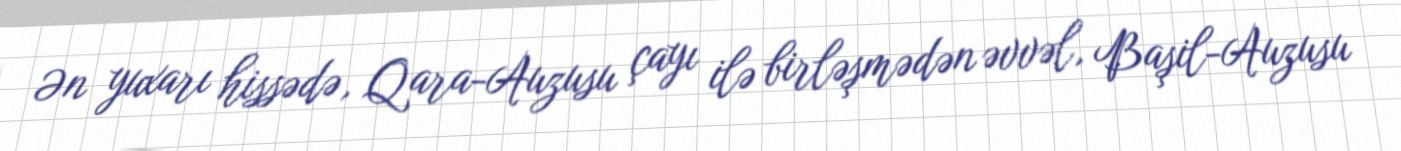
Ən yuxarı hissədə, Qara-Auzusu çayı ilə birləşmədən əvvəl, Başil-Auzusu